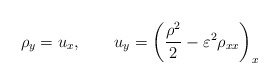
\begin{align*}\rho_{y}=u_{x}, \qquad u_{y}= \left(\frac{\rho ^{2}}{2} -\varepsilon^2 \rho_{xx}\right)_x \end{align*}